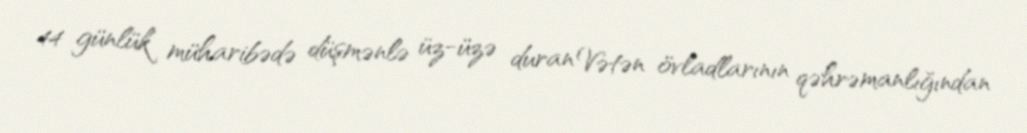
44 günlük müharibədə düşmənlə üz-üzə duran Vətən övladlarının qəhrəmanlığından